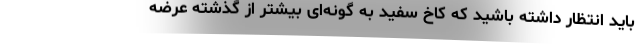
باید انتظار داشته باشید که کاخ سفید به گونه‌ای بیشتر از گذشته عرضه